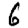
Digit: 6